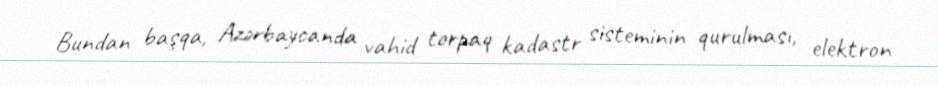
Bundan başqa, Azərbaycanda vahid torpaq kadastr sisteminin qurulması, elektron